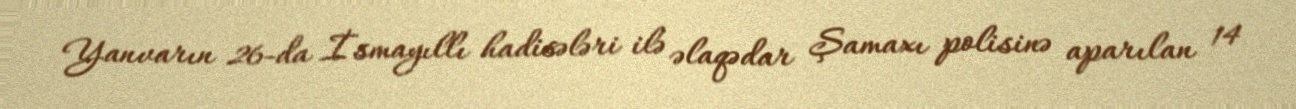
Yanvarın 26-da İsmayıllı hadisələri ilə əlaqədar Şamaxı polisinə aparılan 14